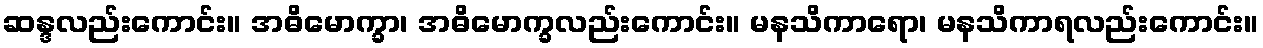
ဆန္ဒလည်းကောင်း။ အဓိမောက္ခာ၊ အဓိမောက္ခလည်းကောင်း။ မနသိကာရော၊ မနသိကာရလည်းကောင်း။